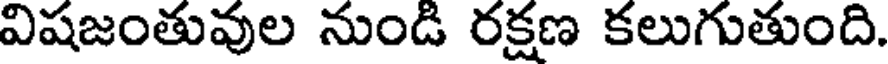
విషజంతువుల నుండి రక్షణ కలుగుతుంది.